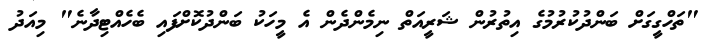
"ތަހްގީގަށް ބަންދުކުރުމުގެ އިތުރުން ޝަރީއަތް ނިމެންދެން އެ މީހަކު ބަންދުކޮށްފައި ބެހެއްޓިދާނެ" މިއަދު